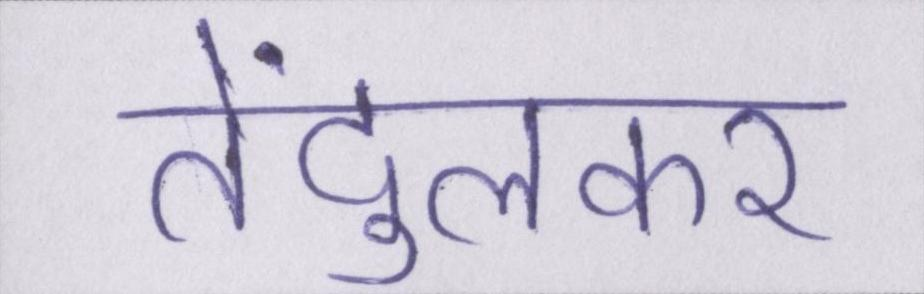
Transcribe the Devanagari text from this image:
तेंदुलकर